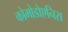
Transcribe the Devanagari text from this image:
कोमोडोएनिस